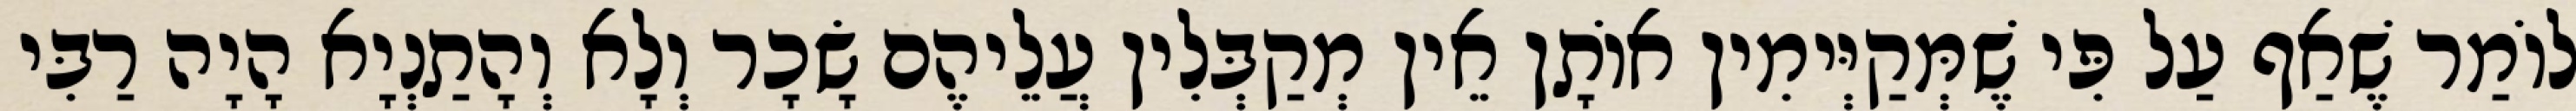
לוֹמַר שֶׁאַף עַל פִּי שֶׁמְּקַיְּימִין אוֹתָן אֵין מְקַבְּלִין עֲלֵיהֶם שָׂכָר וְלָא וְהָתַנְיָא הָיָה רַבִּי